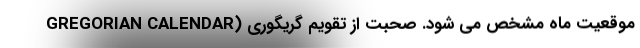
موقعیت ماه مشخص می شود. صحبت از تقویم گریگوری (GREGORIAN CALENDAR